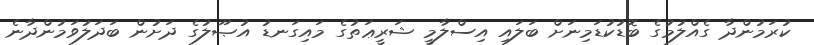
ކުރަމުންދާ ގެއްލުމުގެ ބޮޑުކުޑަމިނަށް ބަލައި އިސްލާމީ ޝަރީޢަތުގެ މައިގަނޑު އުޞޫލުގެ ދަށުން ބަދަލުވަމުންދާނެ